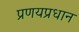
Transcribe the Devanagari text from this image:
प्रणयप्रधान